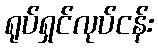
ရုပ်ရှင်လုပ်ငန်း